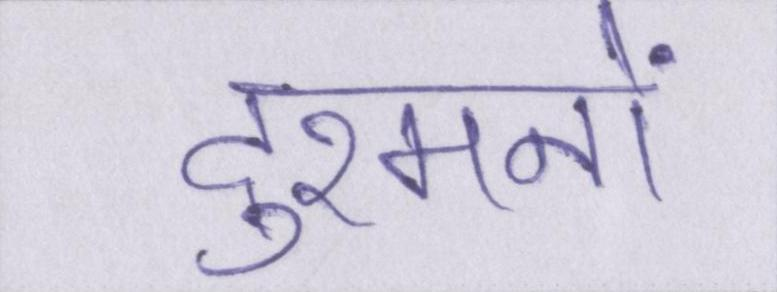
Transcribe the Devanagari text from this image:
दुश्मनों